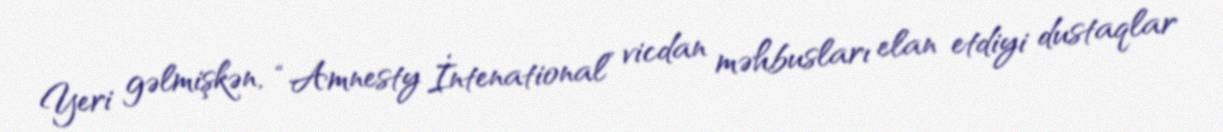
Yeri gəlmişkən, “Amnesty İntenational” vicdan məhbusları elan etdiyi dustaqlar